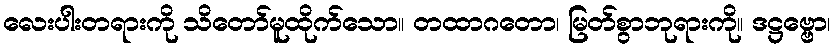
လေးပါးတရားကို သိတော်မူထိုက်သော။ တထာဂတော၊ မြတ်စွာဘုရားကို။ ဒဋ္ဌဗ္ဗော၊